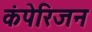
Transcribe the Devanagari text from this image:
कंपेरिजन